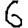
Digit: 6